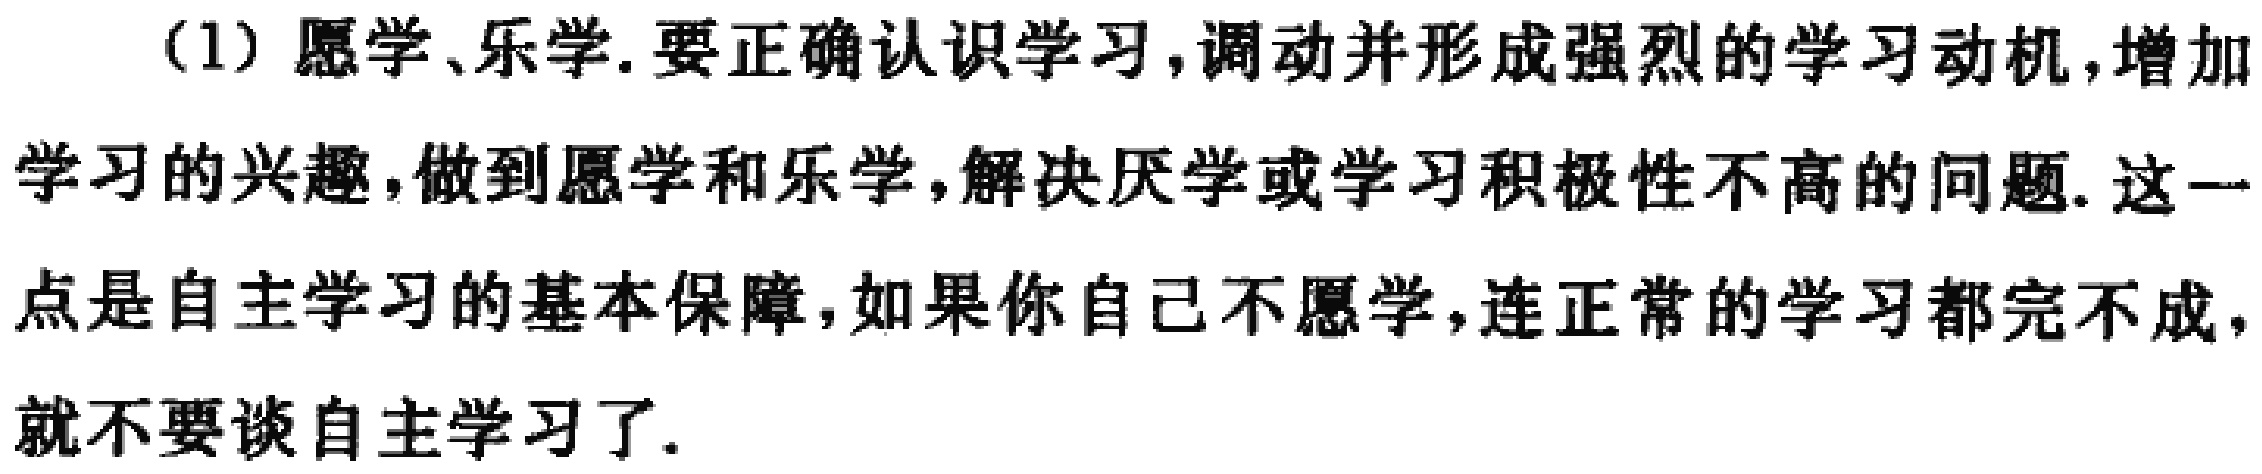
(1) 愿学、乐学. 要正确认识学习, 调动并形成强烈的学习动机, 增加学习的兴趣, 做到愿学和乐学, 解决厌学或学习积极性不高的问题. 这一点是自主学习的基本保障, 如果你自己不愿学, 连正常的学习都完不成, 就不要谈自主学习了.